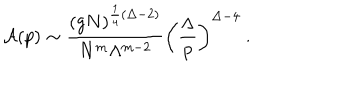
{ \cal A } ( p ) \sim \frac { ( g N ) ^ { \frac { 1 } { 4 } ( \Delta - 2 ) } } { N ^ { m } \Lambda ^ { m - 2 } } \biggl ( \frac { \Lambda } { p } \biggr ) ^ { \Delta - 4 } \ .